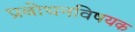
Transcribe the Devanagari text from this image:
प्रबोधनविषयक